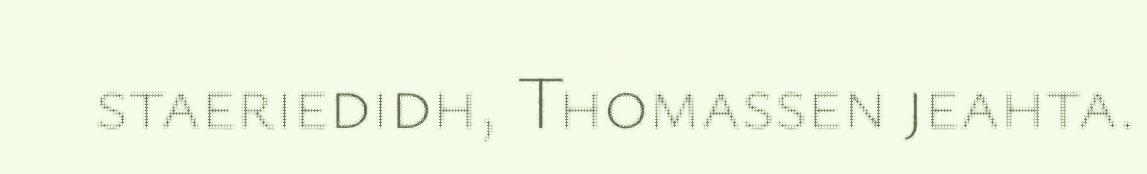
staeriedidh, Thomassen jeahta.